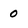
Character: 0